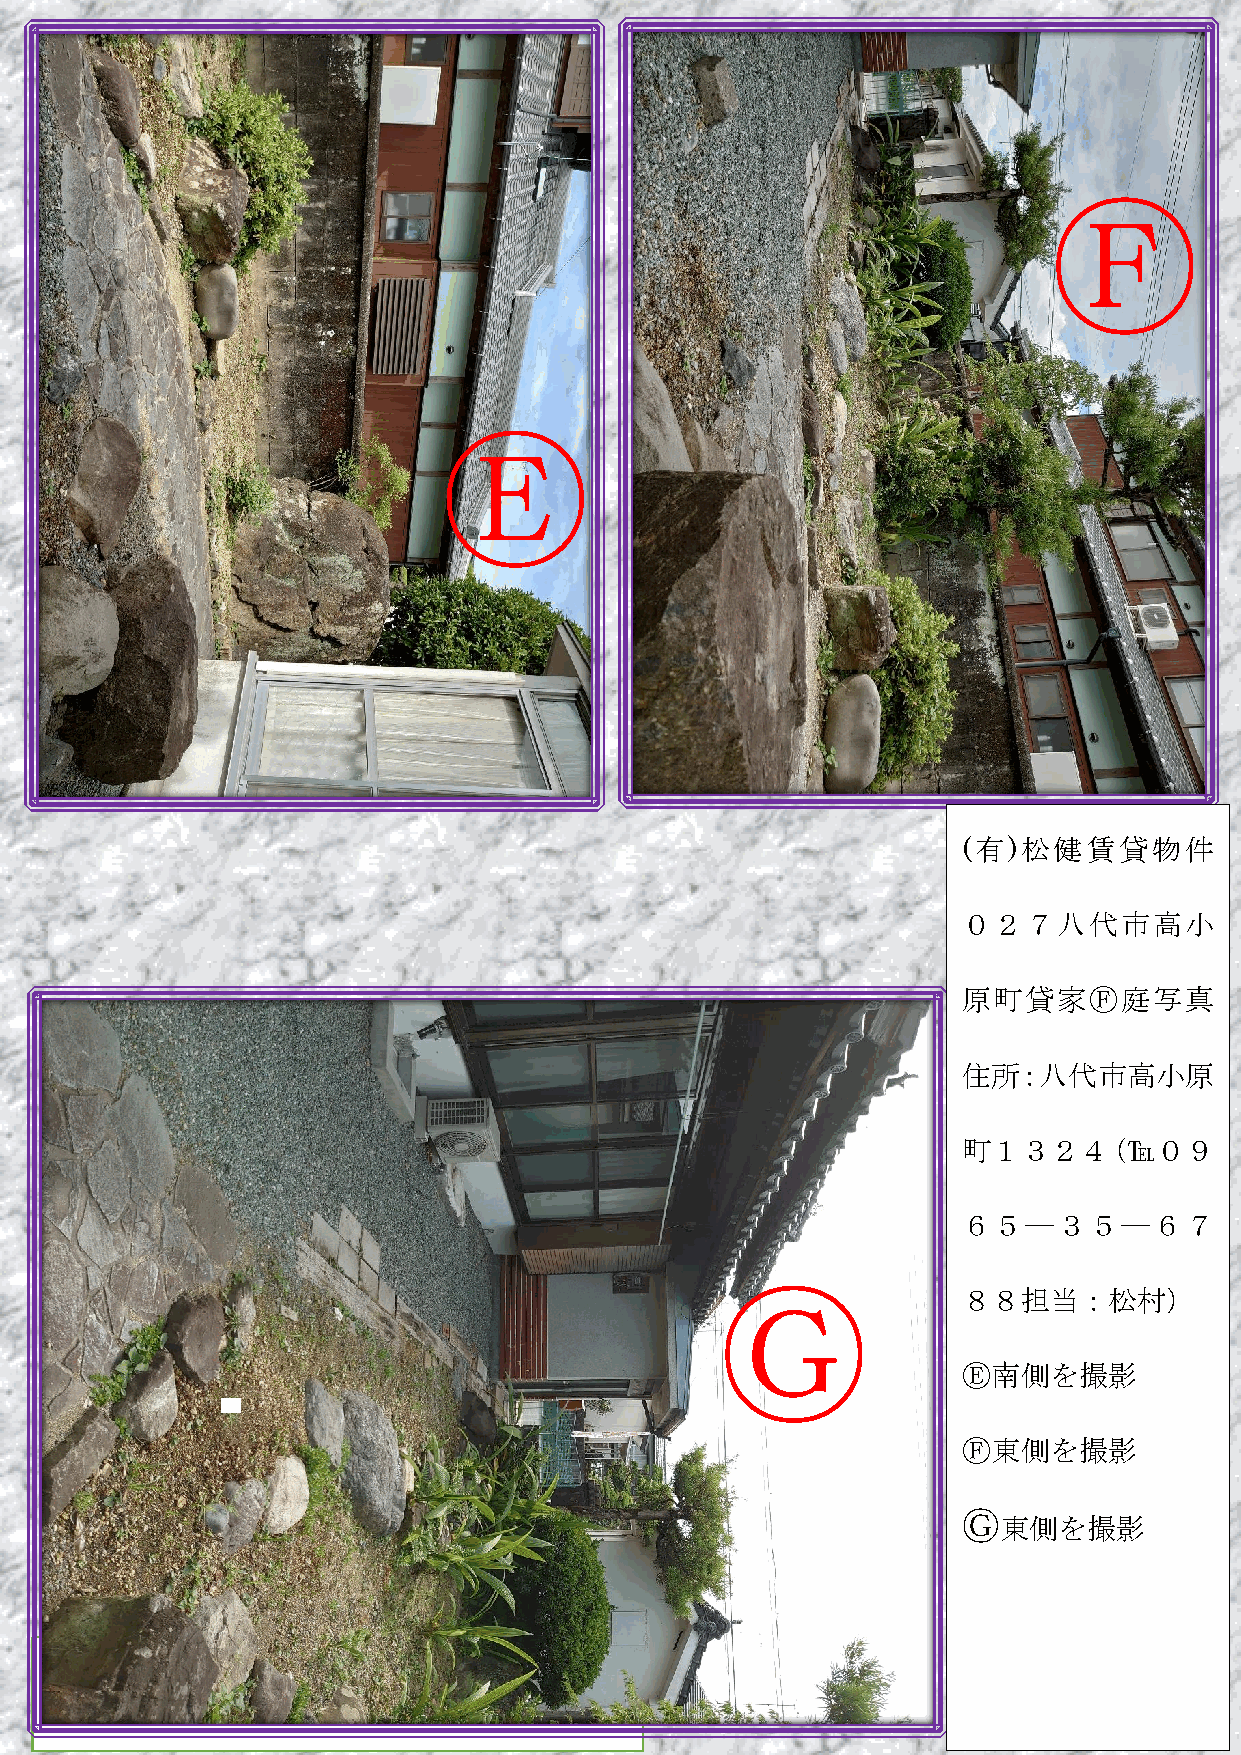
Ⓕ
 Ⓔ
 (有)松健賃貸物件
 ０２７八代市高小
 原町貸家Ⓕ庭写真
 住所：八代市高小原
 町１３２４（℡０９
 ６５―３５―６７
 Ⓖ               ８８担当：松村）
 Ⓔ南側を撮影
 Ⓕ東側を撮影
 和      6   帖                                              Ⓖ 東側を撮影